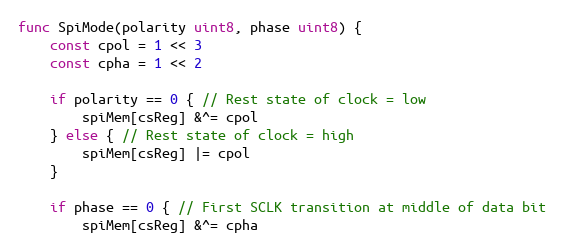
Language: Go
func SpiMode(polarity uint8, phase uint8) {
	const cpol = 1 << 3
	const cpha = 1 << 2

	if polarity == 0 { // Rest state of clock = low
		spiMem[csReg] &^= cpol
	} else { // Rest state of clock = high
		spiMem[csReg] |= cpol
	}

	if phase == 0 { // First SCLK transition at middle of data bit
		spiMem[csReg] &^= cpha